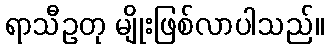
ရာသီဥတု မျိုးဖြစ်လာပါသည်။